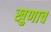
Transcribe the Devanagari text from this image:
खुणाच